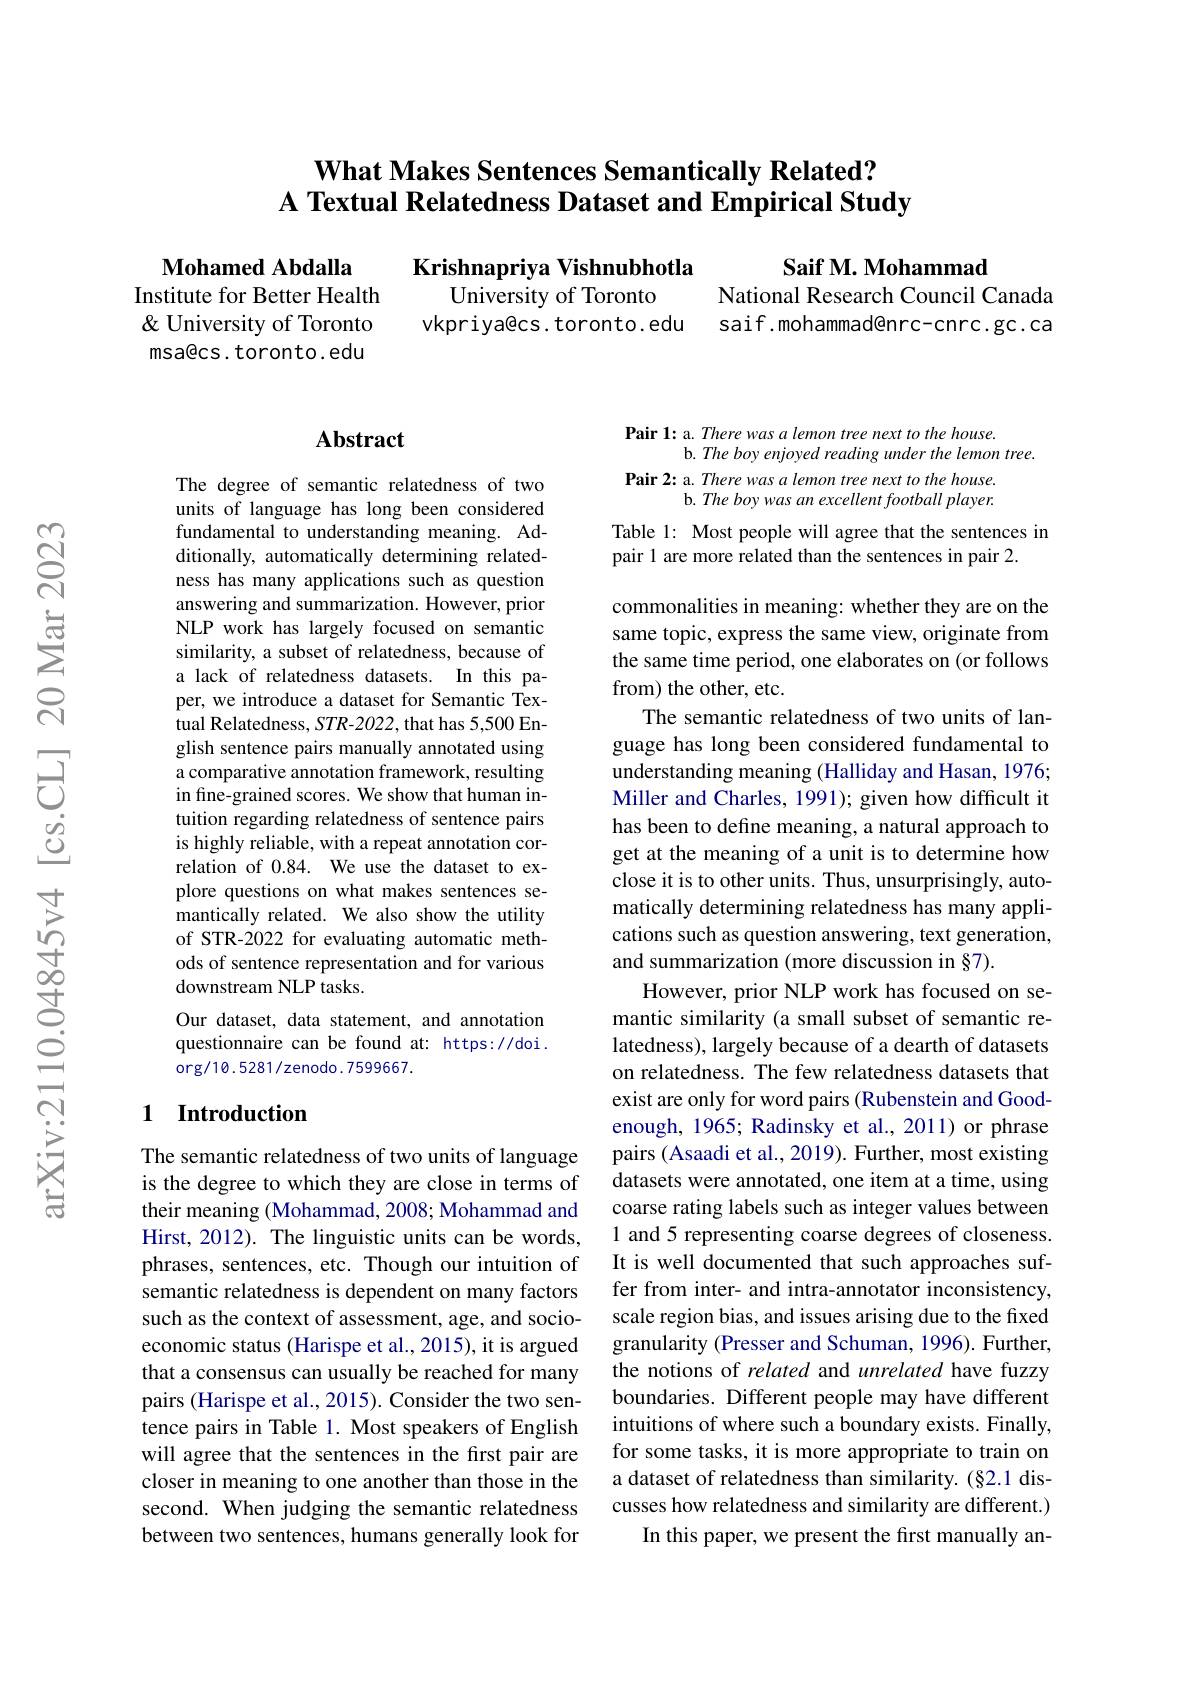
## $\textbf{What Makes Sentences Semantically Related? }$ A Textual Relatedness Dataset and Empirical Study

$\textbf{Saif M. Mohammad}$

Krishnapriya Vishnubhotla
University of Toronto
vkpriya@cs.toronto.edu

Mohamed Abdalla
Institute for Better Health & University of Toronto msa@cs. toronto. edu

National Research Council Canada saif.mohammad@nrc-cnrc.gc.ca

## Abstract

The degree of semantic relatedness of two units of language has long been considered fundamental to understanding meaning. Additionally, automatically determining relatedness has many applications such as question answering and summarization. However, prior NLP work has largely focused on semantic similarity, a subset of relatedness, because of a lack of relatedness datasets. In this paper, we introduce a dataset for Semantic Textual Relatedness, STR-2022, that has 5,500 English sentence pairs manually annotated using a comparative annotation framework, resulting in fine-grained scores. We show that human intuition regarding relatedness of sentence pairs is highly reliable, with a repeat annotation correlation of 0.84. We use the dataset to explore questions on what makes sentences semantically related. We also show the utility of STR-2022 for evaluating automatic methods of sentence representation and for various downstream NLP tasks.
Our dataset, data statement, and annotation questionnaire can be found at: https://doi . $\operatorname{org/10.5281/zenodo.7599667.}$

## 1 Introduction

The semantic relatedness of two units of language is the degree to which they are close in terms of their meaning (Mohammad, 2008; Mohammad and Hirst, 2012). The linguistic units can be words, phrases, sentences, etc. Though our intuition of semantic relatedness is dependent on many factors such as the context of assessment, age, and socioeconomic status (Harispe et al., 2015), it is argued that a consensus can usually be reached for many pairs (Harispe et al., 2015). Consider the two sentence pairs in Table 1. Most speakers of English will agree that the sentences in the first pair are closer in meaning to one another than those in the second. When judging the semantic relatedness between two sentences, humans generally look for

Pair 1: a. There was a lemon tree next to the house.
b. The boy enjoyed reading under the lemon tree.
Pair 2: a. There was a lemon tree next to the house.
b. The boy was an excellent football player.

Table 1: Most people will agree that the sentences in
pair 1 are more related than the sentences in pair 2.

commonalities in meaning: whether they are on the same topic, express the same view, originate from the same time period, one elaborates on (or follows from) the other, etc.
The semantic relatedness of two units of language has long been considered fundamental to understanding meaning (Halliday and Hasan, 1976; Miller and Charles, 1991); given how difficult it has been to define meaning, a natural approach to get at the meaning of a unit is to determine how close it is to other units. Thus, unsurprisingly, automatically determining relatedness has many applications such as question answering, text generation, and summarization (more discussion in §7).
However, prior NLP work has focused on semantic similarity (a small subset of semantic relatedness), largely because of a dearth of datasets on relatedness. The few relatedness datasets that exist are only for word pairs (Rubenstein and Goodenough, 1965; Radinsky et al., 2011) or phrase pairs (Asaadi et al., 2019). Further, most existing datasets were annotated, one item at a time, using coarse rating labels such as integer values between 1 and 5 representing coarse degrees of closeness. It is well documented that such approaches suffer from inter- and intra-annotator inconsistency, scale region bias, and issues arising due to the fixed granularity (Presser and Schuman, 1996). Further, the notions of related and unrelated have fuzzy boundaries. Different people may have different intuitions of where such a boundary exists. Finally, for some tasks, it is more appropriate to train on a dataset of relatedness than similarity. (§2.1 discusses how relatedness and similarity are different.)
In this paper, we present the first manually an-